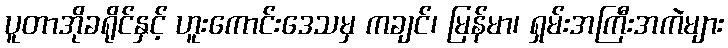
ပူတာအိုခရိုင်နှင့် ဟူးကောင်းဒေသမှ ကချင်၊ မြန်မာ၊ ရှမ်းအကြီးအကဲများ